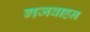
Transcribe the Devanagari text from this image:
गजवाहन